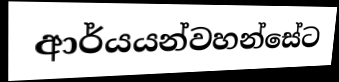
ආර්යයන්වහන්සේට